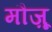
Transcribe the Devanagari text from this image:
मौज़ू